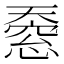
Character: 𫯸